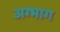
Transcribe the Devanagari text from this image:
अग्भाग